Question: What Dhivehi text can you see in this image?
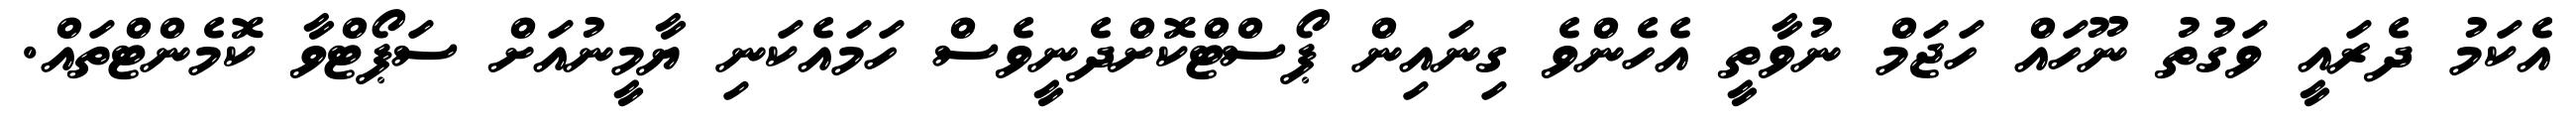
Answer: އެކަމު ދެރައީ ވަގުތު ނޫހައް ހަޖަމް ނުވާތީ އެހެންވެ ގިނައިން ޕޯސްޓްކޮށްދެނީވެސް ހަމައެކަނި ޔާމީނުއަށް ސަޕޯޓްވާ ކޮމެންޓްތައް.